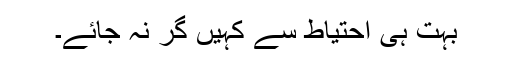
بہت ہی احتیاط سے کہیں گر نہ جائے۔